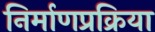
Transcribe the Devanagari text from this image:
निर्माणप्रक्रिया